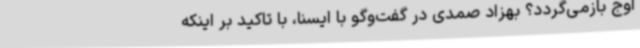
اوج بازمی‌گردد؟ بهزاد صمدی در گفت‌وگو با ایسنا، با تاکید بر اینکه